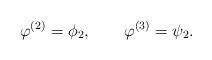
LaTeX: \begin{align*}\varphi^{(2)}=\phi_{2},\qquad\varphi^{(3)}=\psi_{2}.\end{align*}